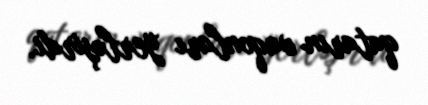
qatarın vaqonları yerləşirdi.